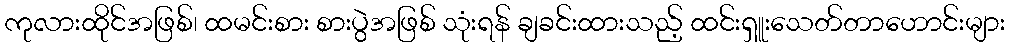
ကုလားထိုင်အဖြစ်၊ ထမင်းစား စားပွဲအဖြစ် သုံးရန် ချခင်းထားသည့် ထင်းရှူးသေတ်တာဟောင်းများ